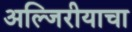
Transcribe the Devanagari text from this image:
अल्जिरीयाचा